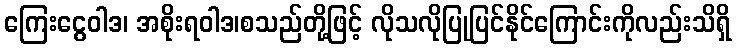
ကြေးငွေဝါဒ၊ အစိုးရဝါဒ၊စသည်တို့ဖြင့် လိုသလိုပြုပြင်နိုင်ကြောင်းကိုလည်းသိရှိ